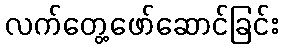
လက်တွေ့ဖော်ဆောင်ခြင်း